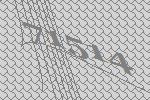
71514